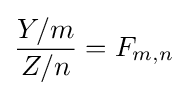
{\frac {Y/m}{Z/n}}=F_{m,n}